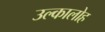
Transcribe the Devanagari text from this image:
उल्कालोह